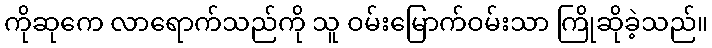
ကိုဆုကေ လာရောက်သည်ကို သူ ဝမ်းမြောက်ဝမ်းသာ ကြိုဆိုခဲ့သည်။